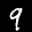
Label: 9